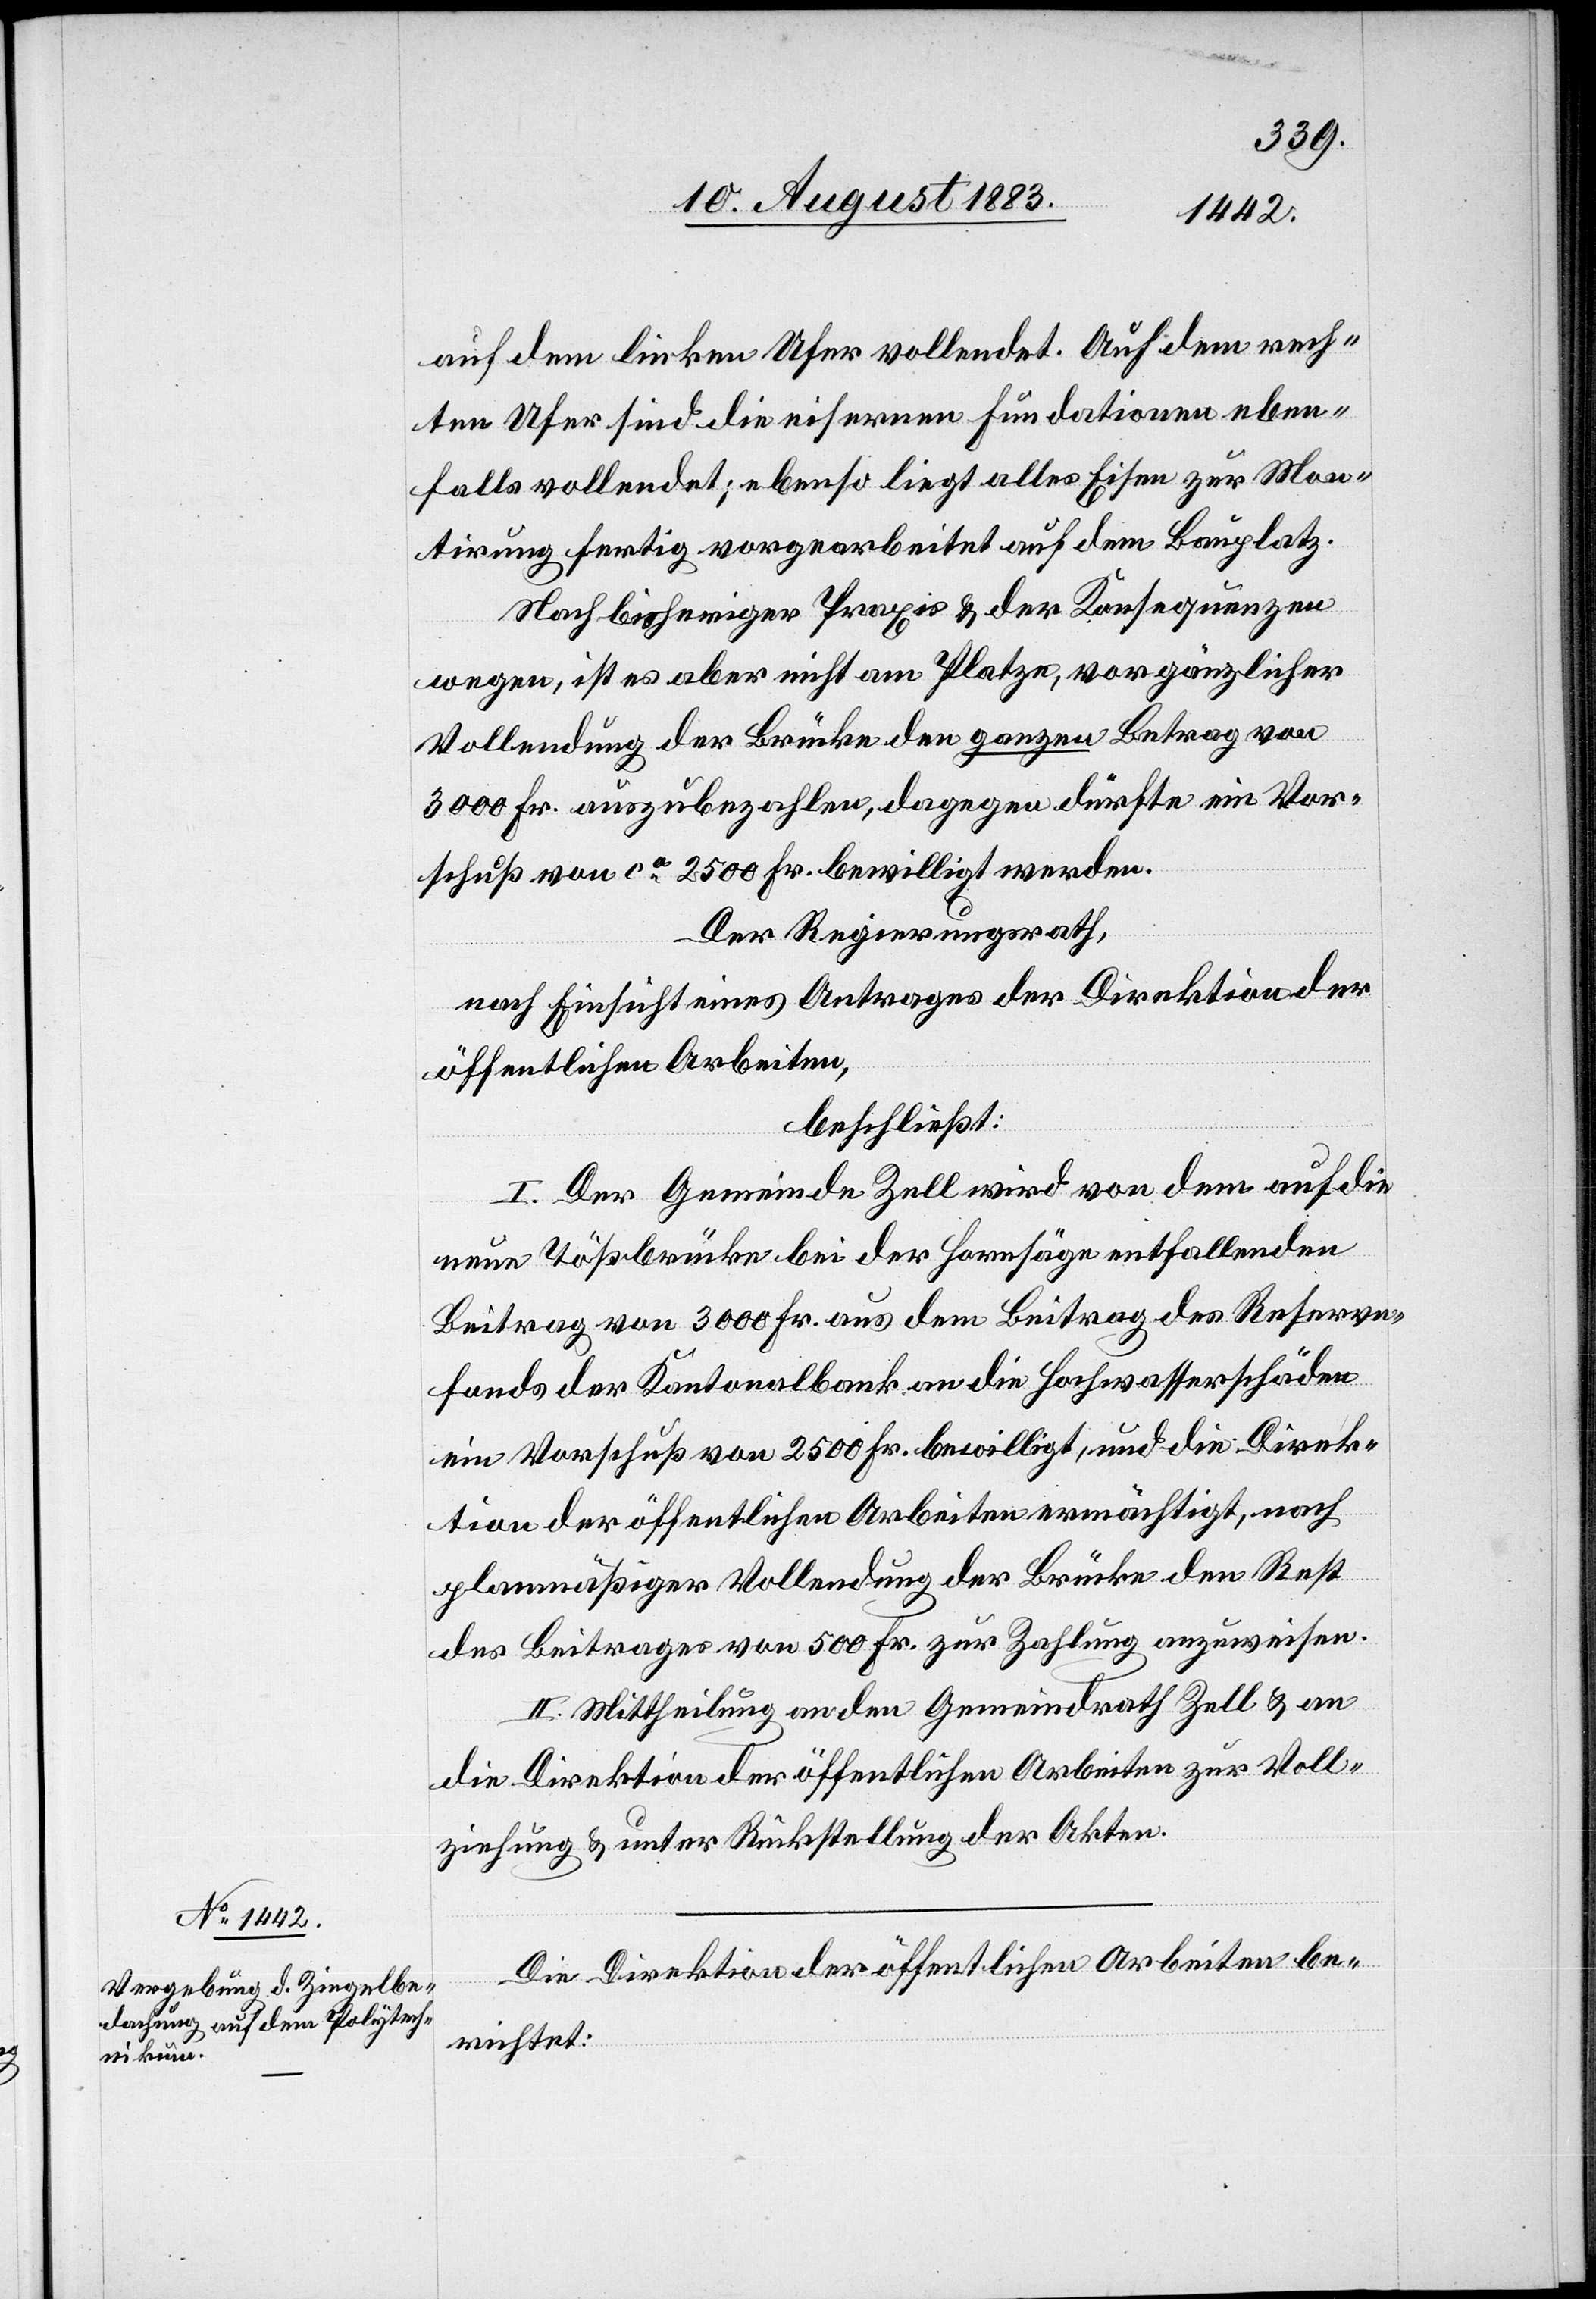
auf dem linken Ufer vollendet. Auf dem rech¬
ten Ufer sind die eisernen Fundationen eben¬
falls vollendet; ebenso liegt alles Eisen zur Mon¬
tirung fertig vorgearbeitet auf dem Bauplatz.
Nach bisheriger Praxis & der Konsequenzen
wegen, ist es aber nicht am Platze, vor gänzlicher
Vollendung der Brücke den ganzen Betrag von
3000 Fr. auszubezahlen, dagegen dürfte ein Vor¬
schuß von ca 2500 Fr. bewilligt werden.
Der Regierungsrath,
nach Einsicht eines Antrages der Direktion der
öffentlichen Arbeiten,
beschließt:
I. Der Gemeinde Zell wird von dem auf die
neue Tößbrücke bei der Hornsäge entfallenden
Beitrag von 3000 Fr. aus dem Beitrag des Reserve¬
fonds der Kantonalbank an die Hochwasserschäden
ein Vorschuß von 2500 Fr. bewilligt, und die Direk¬
tion der öffentlichen Arbeiten ermächtigt, nach
planmäßiger Vollendung der Brücke den Rest
des Beitrages von 500 Fr. zur Zahlung anzuweisen.
II. Mittheilung an den Gemeindrath Zell & an
die Direktion der öffentlichen Arbeiten zur Voll¬
ziehung & unter Rückstellung der Akten.
Die Direktion der öffentlichen Arbeiten be¬
richtet: